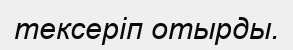
тексеріп отырды.